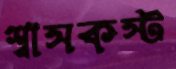
শ্বাসকস্ট